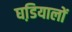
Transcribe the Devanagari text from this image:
घडि़यालों